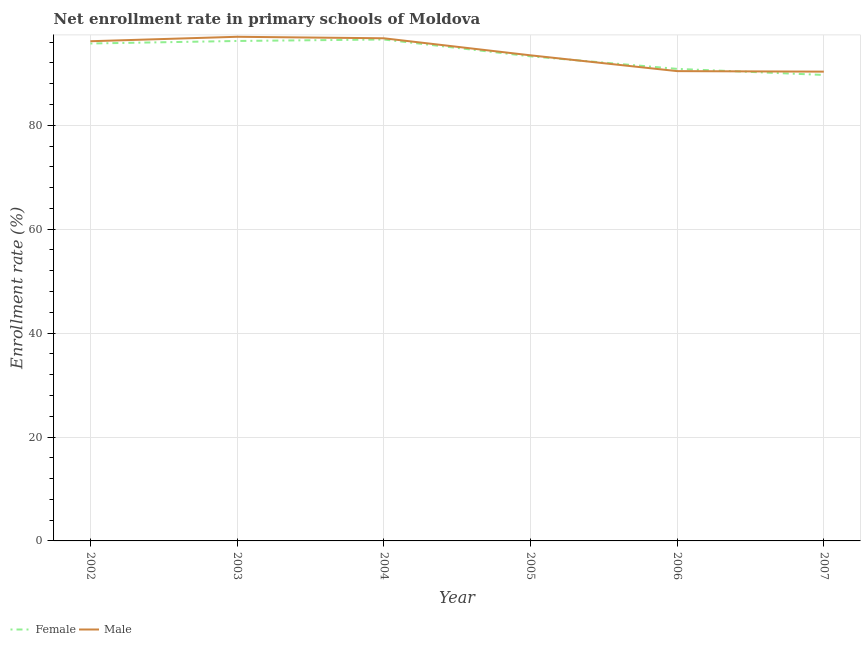
| Year | Female | Male |
 | --- | --- | --- |
 | 2002 | 95.7 | 96.2 |
 | 2003 | 96.2 | 97 |
 | 2004 | 96.5 | 96.7 |
 | 2005 | 93.3 | 93.5 |
 | 2006 | 90.9 | 90.4 |
 | 2007 | 89.7 | 90.3 |